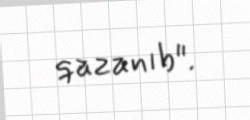
qazanıb".